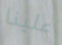
علينا